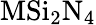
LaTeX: \mathrm{MSi_{2}N_{4}}